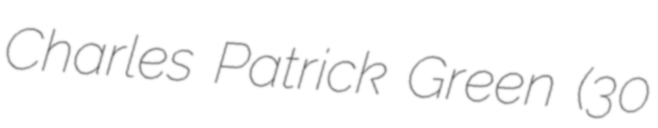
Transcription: Charles Patrick Green (30